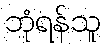
ဘုံရန်သူ